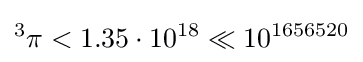
{}^{3}\pi <1.35\cdot 10^{18}\ll 10^{1656520}